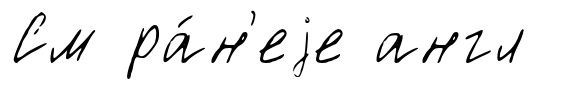
См ра́н'еjе англ